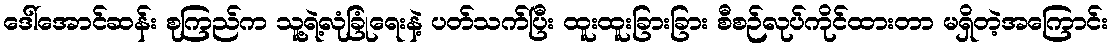
ဒေါ်အောင်ဆန်း စုကြည်က သူ့ရဲ့လုံခြုံရေးနဲ့ ပတ်သက်ပြီး ထူးထူးခြားခြား စီစဉ်လုပ်ကိုင်ထားတာ မရှိတဲ့အကြောင်း